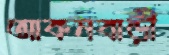
আকনবাড়ী